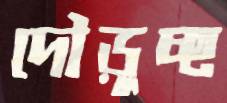
দৌড়ুচ্ছ